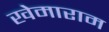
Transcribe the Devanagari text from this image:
खेमाराम